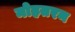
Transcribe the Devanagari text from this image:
मोहतरम